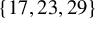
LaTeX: \lbrace 1 7 , 2 3 , 2 9 \rbrace